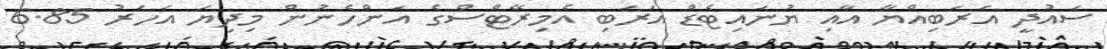
ސައުދީ އަރަބިއްޔާ އާއި ޔުނައިޓެޑް އަރަބި އެމިރޭޓްސްގެ އަންހެނުން މިދިޔަ އަހަރު 6.85